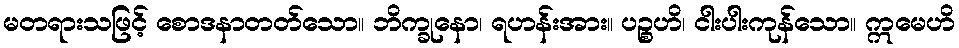
မတရားသဖြင့် စောဒနာတတ်သော။ ဘိက္ခုနော၊ ရဟန်းအား။ ပဉ္စဟိ၊ ငါးပါးကုန်သော။ ဣမေဟိ